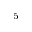
^ { 5 }